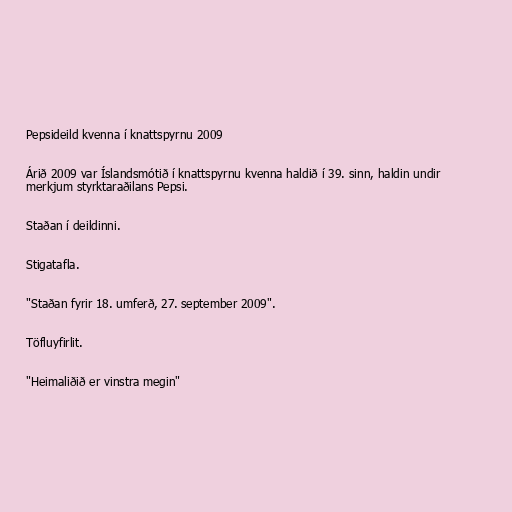
Pepsideild kvenna í knattspyrnu 2009

Árið 2009 var Íslandsmótið í knattspyrnu kvenna haldið í 39. sinn, haldin undir
merkjum styrktaraðilans Pepsi.

Staðan í deildinni.

Stigatafla.

"Staðan fyrir 18. umferð, 27. september 2009".

Töfluyfirlit.

"Heimaliðið er vinstra megin"